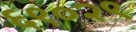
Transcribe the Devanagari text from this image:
६९०२९